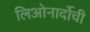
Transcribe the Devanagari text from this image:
लिओनार्दोची